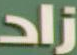
زاد